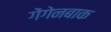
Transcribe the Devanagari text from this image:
गेंगेनबाक